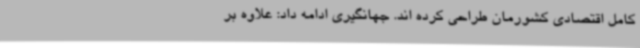
کامل اقتصادی کشورمان طراحی کرده اند. جهانگیری ادامه داد: علاوه بر